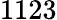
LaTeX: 1123